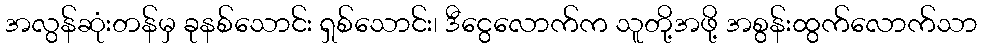
အလွန်ဆုံးတန်မှ ခုနစ်သောင်း ရှစ်သောင်း၊ ဒီငွေလောက်က သူတို့အဖို့ အစွန်းထွက်လောက်သာ